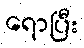
ရောပြီး